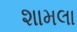
શામલા